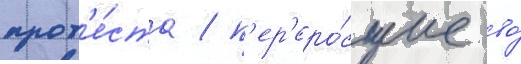
прот'е́ста / п'ер'еро́сшие во́